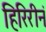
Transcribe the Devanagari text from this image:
हिरिरीनं